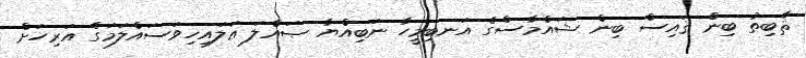
ޘާބިތު ބިން ޤައިސް ބިން ޝައްމާސްގެ އަނބިމީހާ ނަބިއްޔާ ޞައްލަ ޢަލައިހިވަސައްލަމަގެ އަރިހަށް